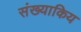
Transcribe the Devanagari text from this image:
संख्याकिय